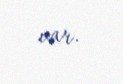
var.